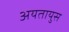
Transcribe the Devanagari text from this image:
अयतायुस